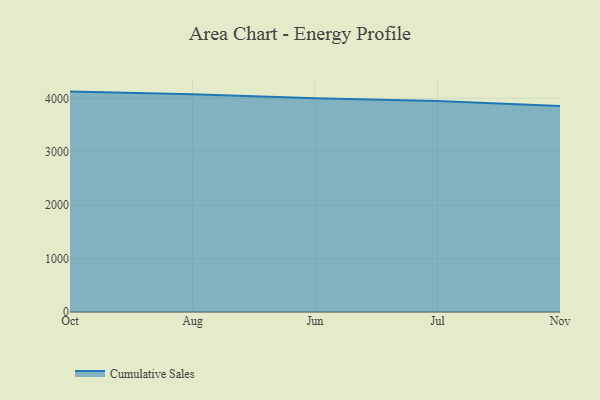
{"axis": {"x": "Month", "y": "Market Share (%)"}, "legend": ["Cumulative Sales"], "data": [{"x": "Oct", "y": 4125.4, "type": "Cumulative Sales"}, {"x": "Aug", "y": 4077.8, "type": "Cumulative Sales"}, {"x": "Jun", "y": 3999.4, "type": "Cumulative Sales"}, {"x": "Jul", "y": 3951.7, "type": "Cumulative Sales"}, {"x": "Nov", "y": 3854.1, "type": "Cumulative Sales"}]}